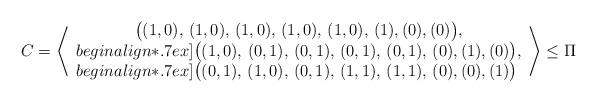
LaTeX: \begin{align*} C=\left\langle \begin{array}{c} \big((1,0),\,(1,0),\,(1,0),\,(1,0),\,(1,0),\,(1),(0),(0)\big),\\begin{align*}.7ex] \big((1,0),\,(0,1),\,(0,1),\,(0,1),\,(0,1),\,(0),(1),(0)\big),\\begin{align*}.7ex] \big((0,1),\,(1,0),\,(0,1),\,(1,1),\,(1,1),\,(0),(0),(1)\big)\;\mbox{}\end{array}\right\rangle\leq\Pi\end{align*}